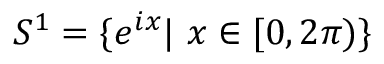
S ^ { 1 } = \{ e ^ { i x } \vert \, \, x \in [ 0 , 2 \pi ) \}